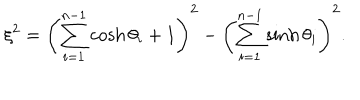
\xi ^ { 2 } = \left( \sum _ { i = 1 } ^ { n - 1 } \cosh \theta _ { i } + 1 \right) ^ { 2 } - \left( \sum _ { i = 1 } ^ { n - 1 } \sinh \theta _ { i } \right) ^ { 2 } .